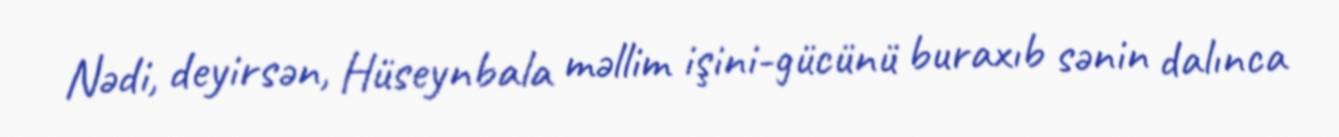
Nədi, deyirsən, Hüseynbala məllim işini-gücünü buraxıb sənin dalınca